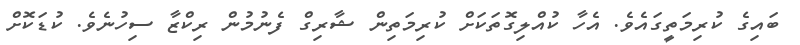
ބައިގެ ކުރިމަތީގައެވެ. އެހާ ކުއްލިގޮތަކަށް ކުރިމަތިން ޝާރިގް ފެނުމުން ރިކްޒާ ސިހުނެވެ. ކުޑަކޮށް